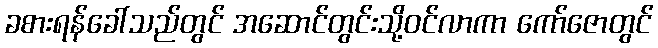
ခစားရန်ခေါ်သည်တွင် အဆောင်တွင်းသို့ဝင်လာကာ ကော်ဇောတွင်